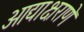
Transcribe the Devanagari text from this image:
आद्याक्षराणे